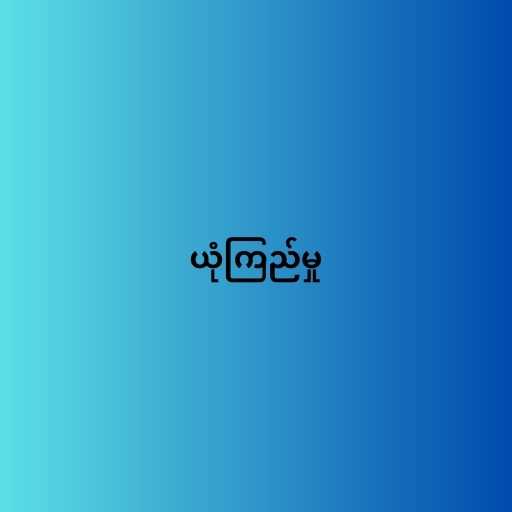
ယုံကြည်မှု